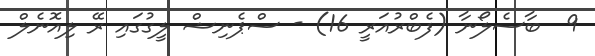
9  ބާސެލޯނާ (ފެބްރުއަރީ 16) - ސްޕެނިޝް ލީގުގައި ރޭ ލިއޮނެލް